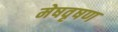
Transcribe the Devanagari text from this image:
मेषवृषण